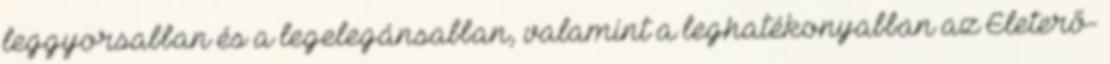
leggyorsabban és a legelegánsabban, valamint a leghatékonyabban az Életerő-